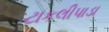
ટાકલીપાડા